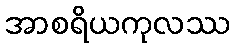
အာစရိယကုလဿ